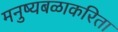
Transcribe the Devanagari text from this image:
मनुष्यबळाकरिता